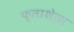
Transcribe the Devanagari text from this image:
फ्लाशेर्स